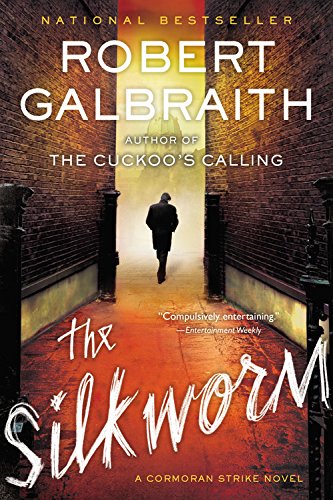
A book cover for The Silkworm (A Cormoran Strike Novel); Robert Galbraith; Mystery, Thriller & Suspense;